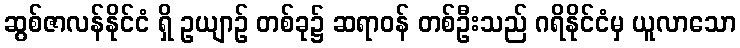
ဆွစ်ဇာလန်နိုင်ငံ ရှိ ဥယျာဉ် တစ်ခု၌ ဆရာဝန် တစ်ဦးသည် ဂရိနိုင်ငံမှ ယူလာသော